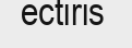
ectiris